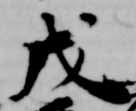
戊